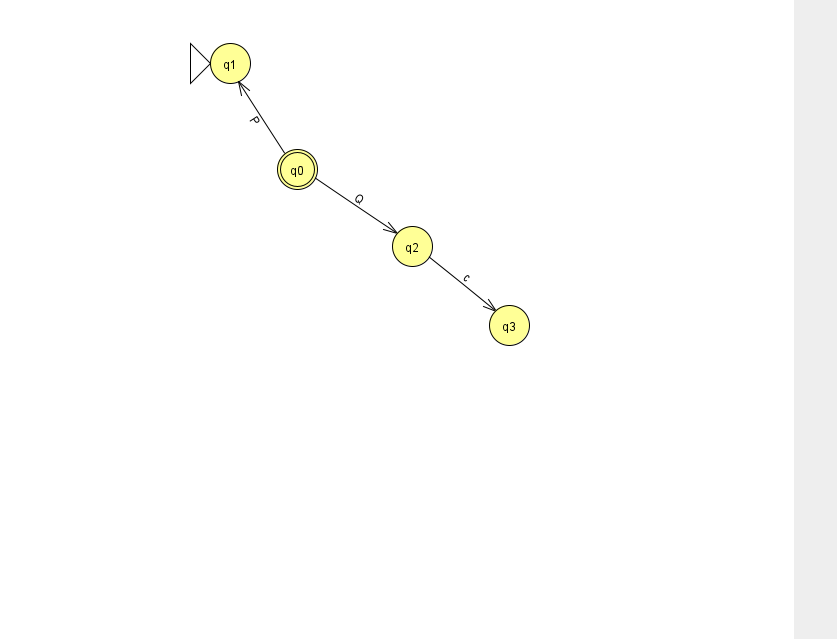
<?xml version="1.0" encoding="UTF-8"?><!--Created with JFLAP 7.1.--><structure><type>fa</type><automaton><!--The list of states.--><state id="0" name="q0"><x>297.0</x><y>156.0</y><final/></state><state id="1" name="q1"><x>230.0</x><y>50.0</y><initial/></state><state id="2" name="q2"><x>412.0</x><y>233.0</y></state><state id="3" name="q3"><x>509.0</x><y>312.0</y></state><!--The list of transitions.--><transition><from>0</from><to>2</to><read>Q</read></transition><transition><from>0</from><to>1</to><read>P</read></transition><transition><from>2</from><to>3</to><read>c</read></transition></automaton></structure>